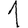
Digit: 1